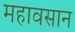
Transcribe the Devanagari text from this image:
महावसान